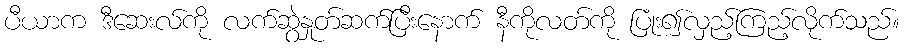
ပီယာက ဒီဆေးလ်ကို လက်ဆွဲနှုတ်ဆက်ပြီးနောက် နီကိုလတ်ကို ပြုံး၍လှည့်ကြည့်လိုက်သည်။